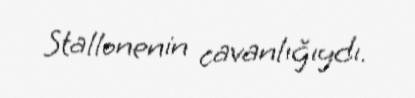
Stallonenin cavanlığıydı.